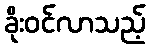
ခိုးဝင်လာသည့်